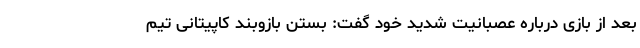
بعد از بازی درباره عصبانیت شدید خود گفت: بستن بازوبند کاپیتانی تیم